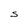
Character: S